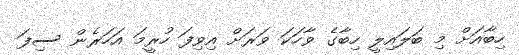
ހިބާއަށް މި ބަލައިލީ ހިބާގެ ވާހަކަ ވަރަށް އިވިފަ ހުރީމަ އަހަރެން ސިފަ